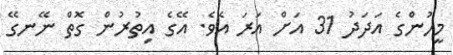
މީހުންގެ އަދަދު 31 އަށް އަރަ އެވެ. އޭގެ އިތުރުން ގޮތް ނޭނގޭ